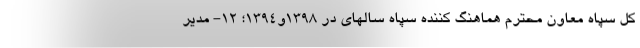
کل سپاه معاون محترم هماهنگ کننده سپاه سالهای در ۱۳۹۸و۱۳۹۴؛ ۱۲- مدیر